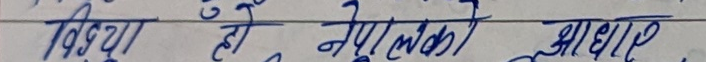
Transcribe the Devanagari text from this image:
विद्या हो नेपाली आधार